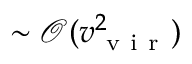
\sim \mathcal { O } ( v _ { \mathrm { ~ v ~ i ~ r ~ } } ^ { 2 } )